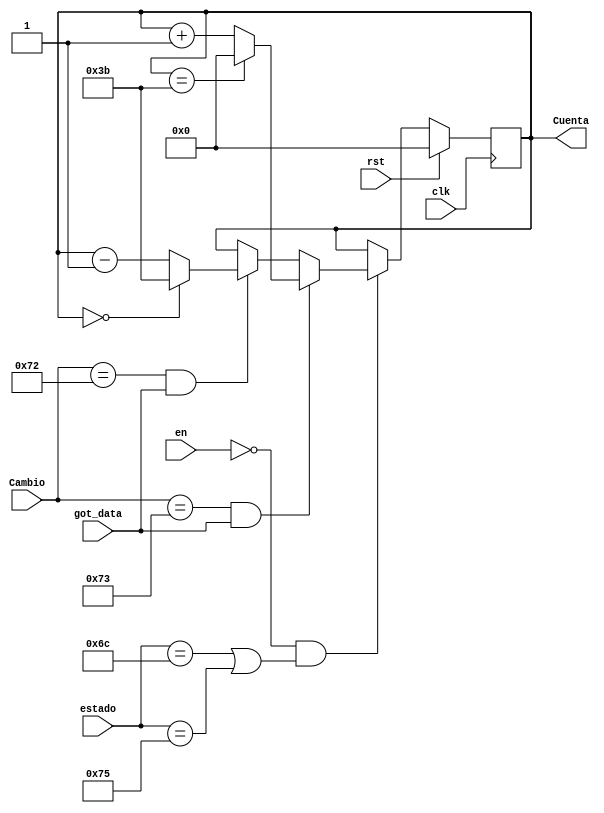
module Contador_AD_Segundos(
    input rst,
	 input [7:0]estado,
	 input [1:0] en,
    input [7:0] Cambio,
	 input got_data,
    input clk,
    output reg [(N-1):0] Cuenta
    );
	
	 
	 parameter N = 6;
	 parameter X = 59;

    always @(posedge clk)
	 if (rst)
	    Cuenta <= 0;
    else	if (en == 2'd0 && (estado == 8'h6C || estado == 8'h75))
         begin
	         if (Cambio == 8'h73 && got_data)
				begin
				   if (Cuenta == X)
				      Cuenta <= 0;
					else 
				      Cuenta <= Cuenta + 1'd1;
				end
				else if (Cambio == 8'h72 && got_data)
					  begin
				        if (Cuenta == 0)
						     Cuenta <= X;
					     else 
						     Cuenta <= Cuenta - 1'd1;
				     end
					  else 
					     Cuenta <= Cuenta;
	      end
	      else 
			   Cuenta <= Cuenta;
endmodule